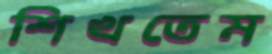
শিখতেম